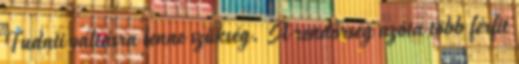
Tudati váltásra lenne szükség. A rendőrség azóta több férfit